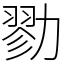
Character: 勠